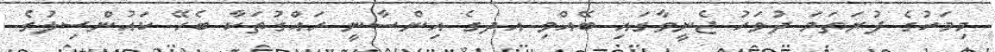
މިމަހުގެ ފުރަތަމަ ދުވަހު ޖެނީވާގައި ބޭއްވި އދގެ އިންސާނީ ހައްގުތަކާ ބެހޭ ކައުންސިލުގެ